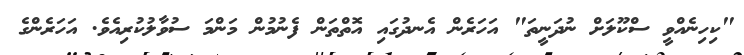
"ކިހިނެއްވީ ސްކޫލަށް ނުދަނީތަ" އަހަރެން އެނދުގައި އޮތްތަން ފެނުމުން މަންމަ ސުވާލުކުރިއެވެ. އަހަރެންގެ